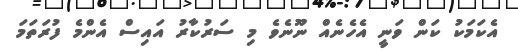
އެކަމަކު ކަން ވަނީ އެހެނެއް ނޫނެވެ މި ސަރުކާރު އައިސް އެންމެ ފުރަތަމަ